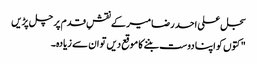
سجل علی احد رضا میر کے نقشِ قدم پر چل پڑیں
" کتوں کو اپنا دوست بننے کا موقع دیں تو ان سے زیادہ۔